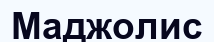
Маджолис